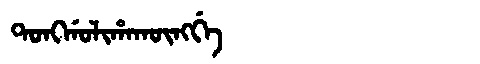
Manchu: ᡨᠣᠩᡤᠣᠯᡳᡥᠠᡴᡡᠩᡤᡝ
Romanization: TONGGOLIHAKŪNGGE